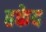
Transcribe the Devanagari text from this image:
हकेद